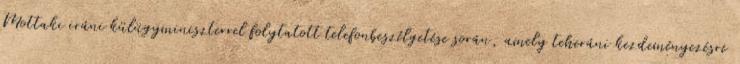
Mottaki iráni külügyminiszterrel folytatott telefonbeszélgetése során, amely teheráni kezdeményezésre